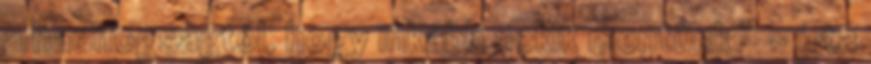
a hadifogságtól, hogy inkább nekik mentünk ” – írta